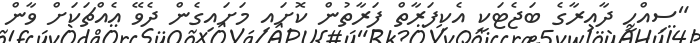
"ސިއްހީ ދާއިރާގެ ބަޖެޓަކީ އެކިފަރާތް ފަރާތުން ކޮށައި މަށައިގެން ދެވޭ އެއްޗަކަށް ވާން